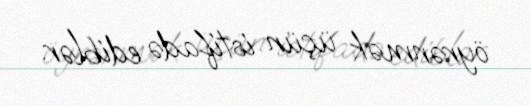
öyrənmək üçün istifadə ediblər.